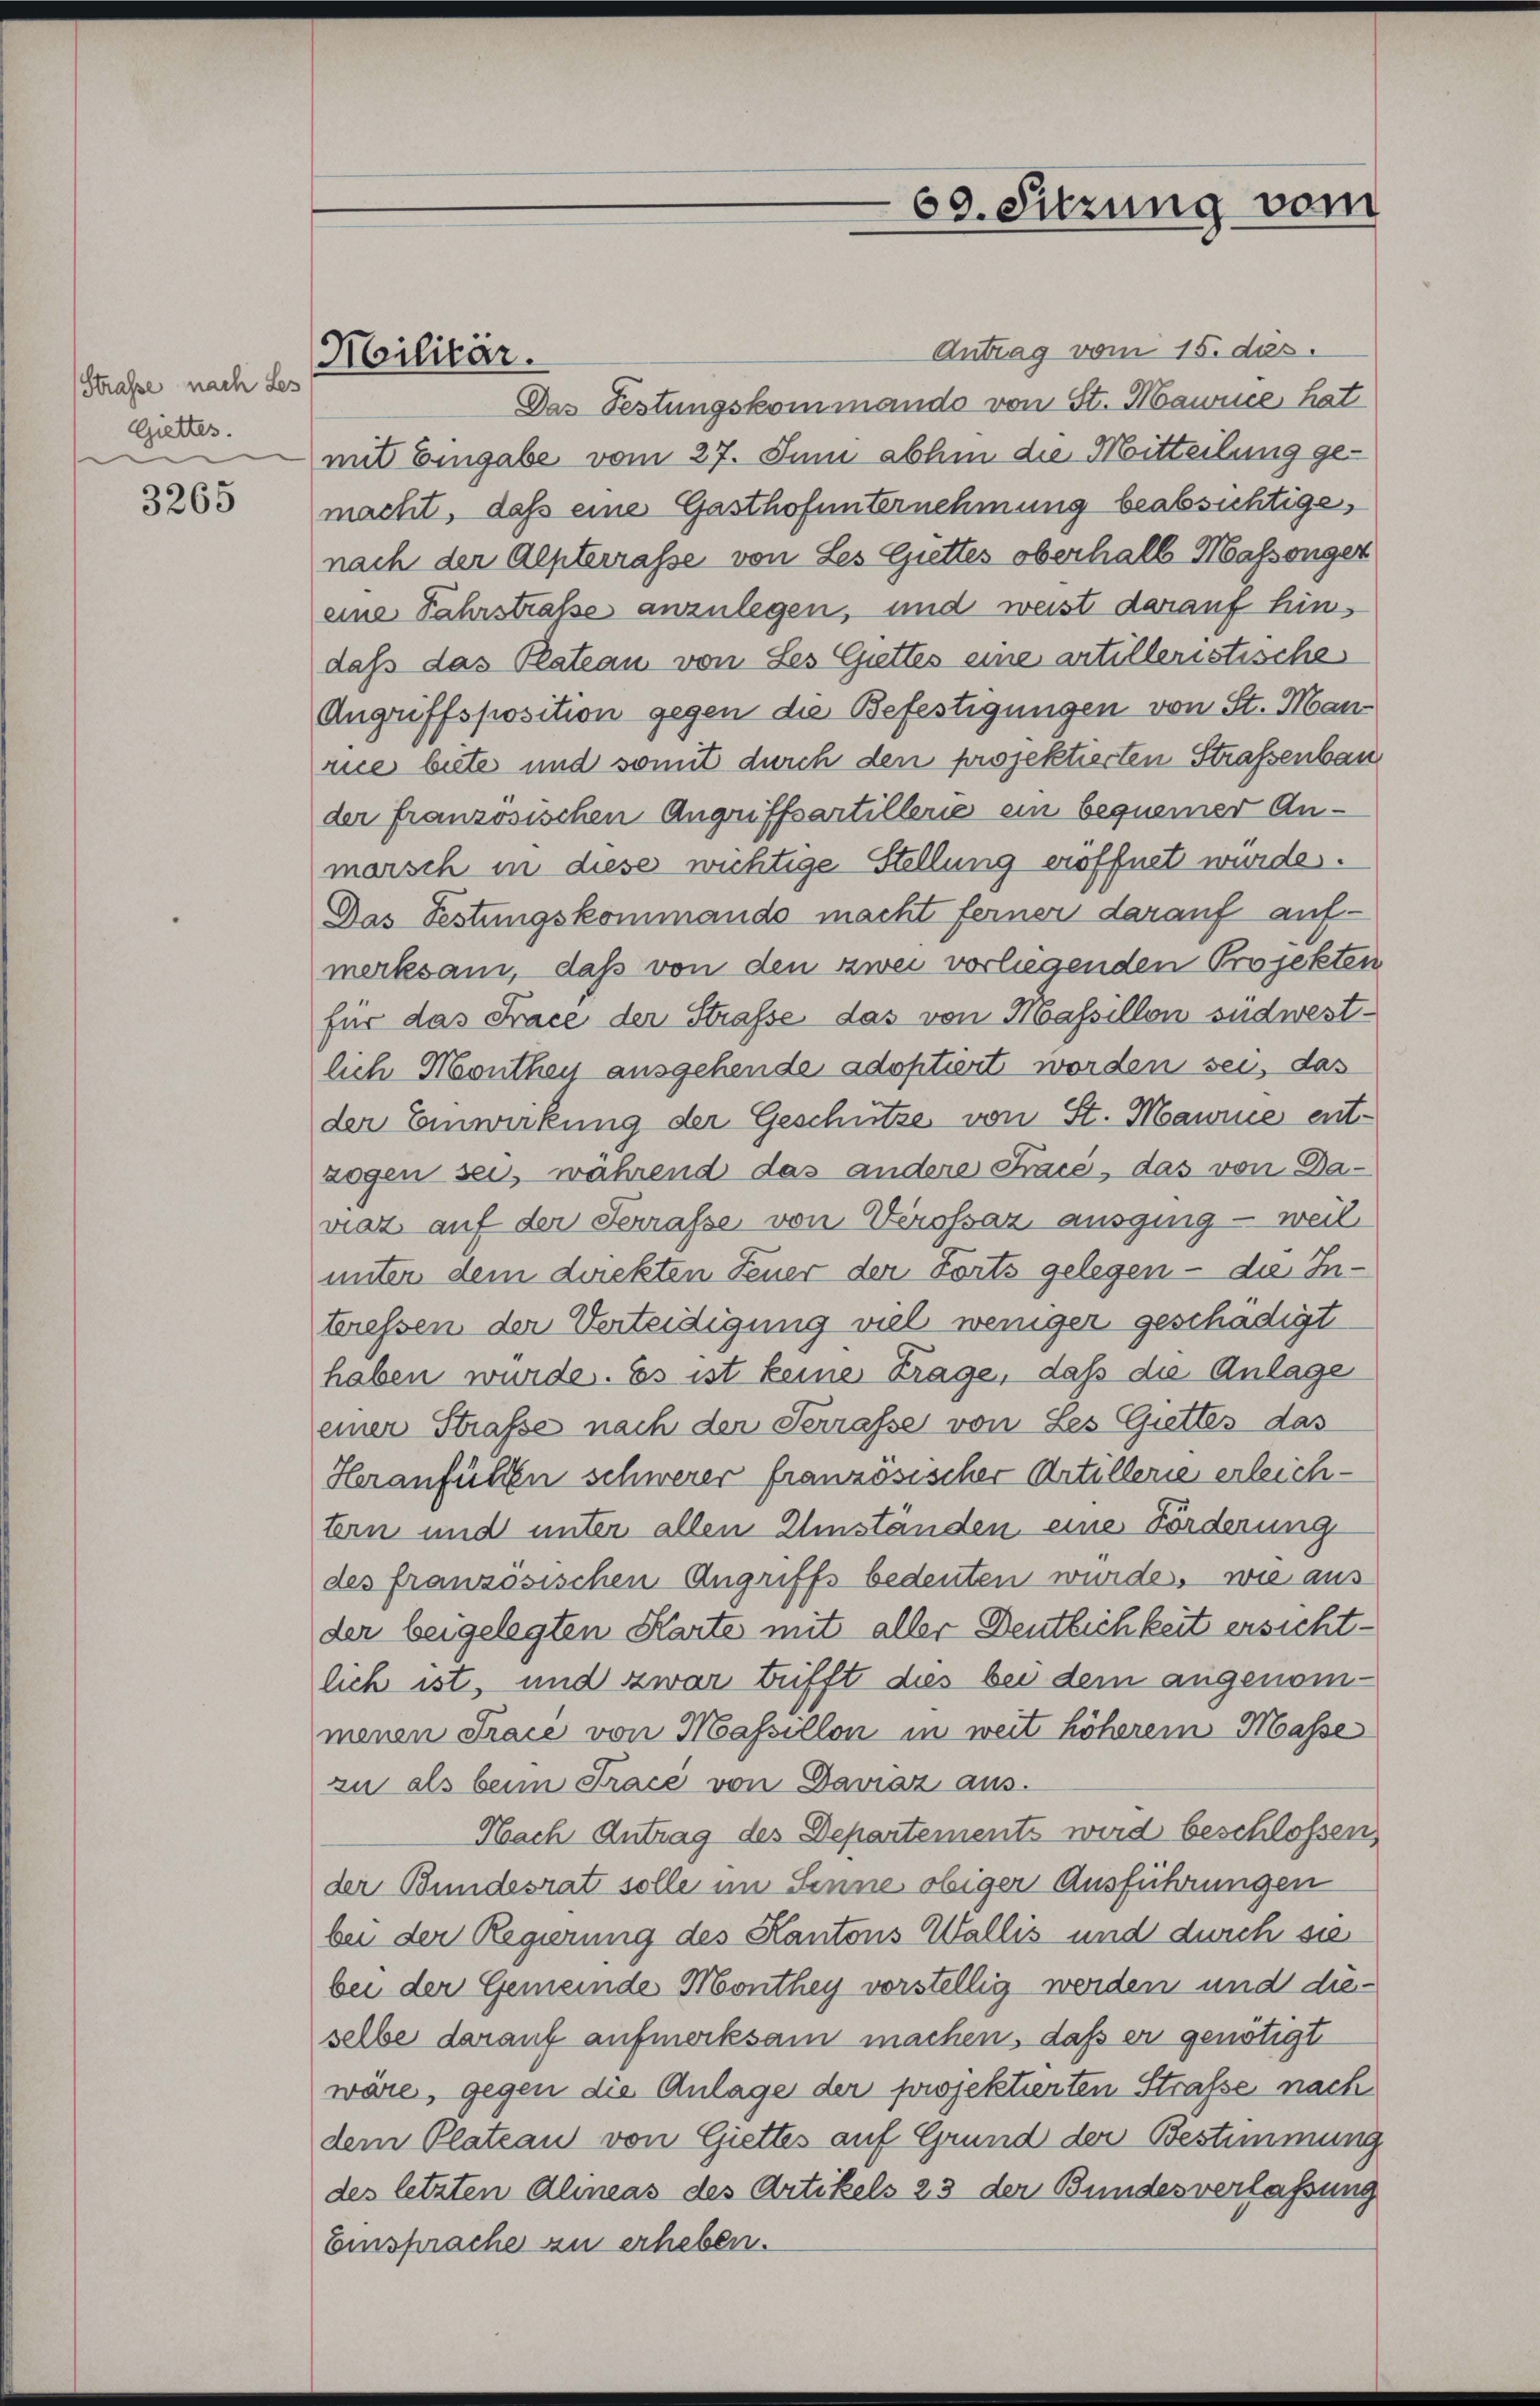
Straße nach Les
Giettes.

3265

Militär.

69. Sitzung vom

Antrag vom 15. des.
Das Festungskommando von St. Mawnce hat
mit Eingabe vom 27. Juni abhin die Mitteilung gemacht, daß eine Gasthofunternehmung beabsichtige,
nach der Alpterrasse von Les Guettes oberhalb Massenger
eine Fahrstrasse anzulegen, und weist darauf hindass das Plateau von Ses Guttes eine artilleristische
Angriffsposition gegen die Befestigungen von St. Man-
rice biete und somit durch den projektierten Straßenbau
der französischen Angriffsartillerie ein bequemer Anmarsch in diese wichtige Stellung eröffnet wurde.
Das Festungskommando macht ferner darauf auf-
merksam, daß von den zwei vorliegenden Projekten
für das Frace der Strasse das von Massillon südwestlich Montheu ausgehende adoptiert worden sei, das
der Einwirkung der Geschütze von St. Maurice ent-
zogen sei, während das andere Frace, das von Davaz auf der Ferrasse von Verossaz ausging - weil
unter dem direkten Feuer der Forts gelegen – die Interessen der Verteidigung viel weniger geschädigt
haben wurde. Es ist keine Frage, daß die Anlage
einer Strafe nach der Serrasse von Les Guettes das
Heranfüllen schwerer französischer Artillerie erleichtern und unter allen Umständen eine Förderung
des französischen Angriffs bedeuten wurde, wie aus
der beigelegten Karte mit aller Deutlichkeit ersichtlich ist, und zwar trifft dies bei dem angenommenen Trace von Massillon in weit höherem Masse
zu als beim Tracé von Daviaz aus.
Nach Antrag des Departements wird beschlossen,
der Bundesrat solle im Senne obiger Ausführungen
bei der Regierung des Kantons Wallis und durch sie
bei der Gemeinde Monthey vorstellig werden und dieselbe darauf aufmerksam machen, daß er genötigt
wäre, gegen die Anlage der projektierten Strafe nach
dem Plateau von Giettes auf Grund der Bestimmung
des letzten Alineas des Artikels 23 der Bundesverlassung
Einsprache an erheben.